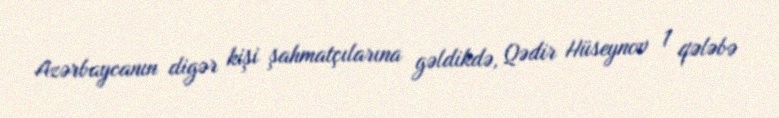
Azərbaycanın digər kişi şahmatçılarına gəldikdə, Qədir Hüseynov 1 qələbə